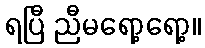
ရပြီ ညီမရော့ရော့။